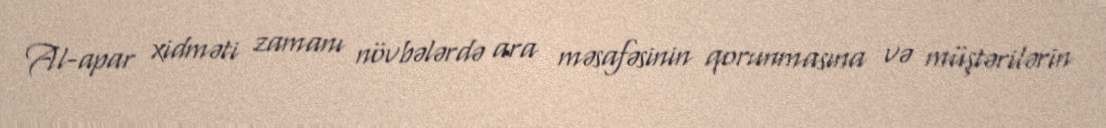
Al-apar xidməti zamanı növbələrdə ara məsafəsinin qorunmasına və müştərilərin